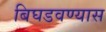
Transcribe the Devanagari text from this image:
बिघडवण्यास